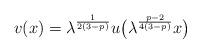
LaTeX: \begin{align*}v(x)=\lambda^{\frac{1}{2(3-p)}}u\big(\lambda^{\frac{p-2}{4(3-p)}}x\big)\end{align*}